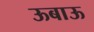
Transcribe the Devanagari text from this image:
ऊबाऊ